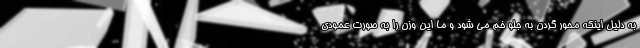
به دلیل اینکه محور گردن به جلو خم می شود و ما این وزن را به صورت عمودی